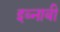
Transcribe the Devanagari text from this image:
इब्नाबी